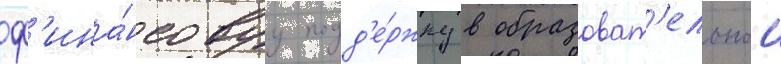
ф'ина́нсовуу подд'е́ржку в образоват'ельнои